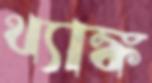
থ্যাঙ্ক